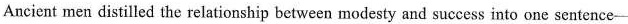
Ancient men distilled the relationship between modesty and success into one sentence